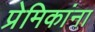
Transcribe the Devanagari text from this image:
प्रेमिकांना